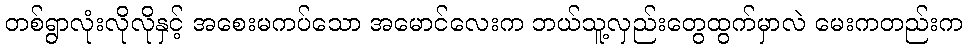
တစ်ရွာလုံးလိုလိုနှင့် အစေးမကပ်သော အမောင်လေးက ဘယ်သူ့လှည်းတွေထွက်မှာလဲ မေးကတည်းက